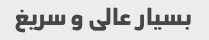
بسیار عالی و سریغ